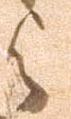
与